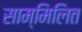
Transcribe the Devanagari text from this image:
साम्मिलित